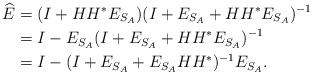
LaTeX: \begin{align*}\widehat{E}&=(I+HH^{\ast}E_{S_{A}})(I+E_{S_{A}}+HH^{\ast}E_{S_{A}})^{-1}\\&=I-E_{S_{A}}(I+E_{S_{A}}+HH^{\ast}E_{S_{A}})^{-1}\\&=I-(I+E_{S_{A}}+E_{S_{A}}HH^{\ast})^{-1}E_{S_{A}}.\end{align*}